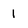
Character: 1